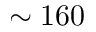
\sim 1 6 0